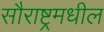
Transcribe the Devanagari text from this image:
सौराष्ट्रमधील